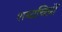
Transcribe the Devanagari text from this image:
शब्दचित्रों